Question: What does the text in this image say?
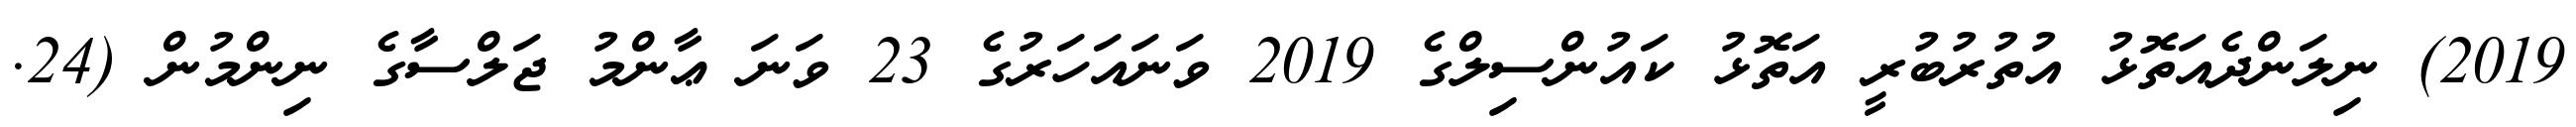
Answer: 2019) ނިލަންދެއަތޮޅު އުތުރުބުރީ އަތޮޅު ކައުންސިލްގެ 2019 ވަނައަހަރުގެ 23 ވަނަ ޢާންމު ޖަލްސާގެ ނިންމުން (24.